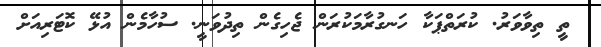
ތީ ތިވާވަރު. ކުރަތްޕަކާ ހަނގުރާމަކުރަން ޖެހިގެން ތިދުވަނީ. ސުހާމެން އުޅޭ ކޮޓަރިއަށް